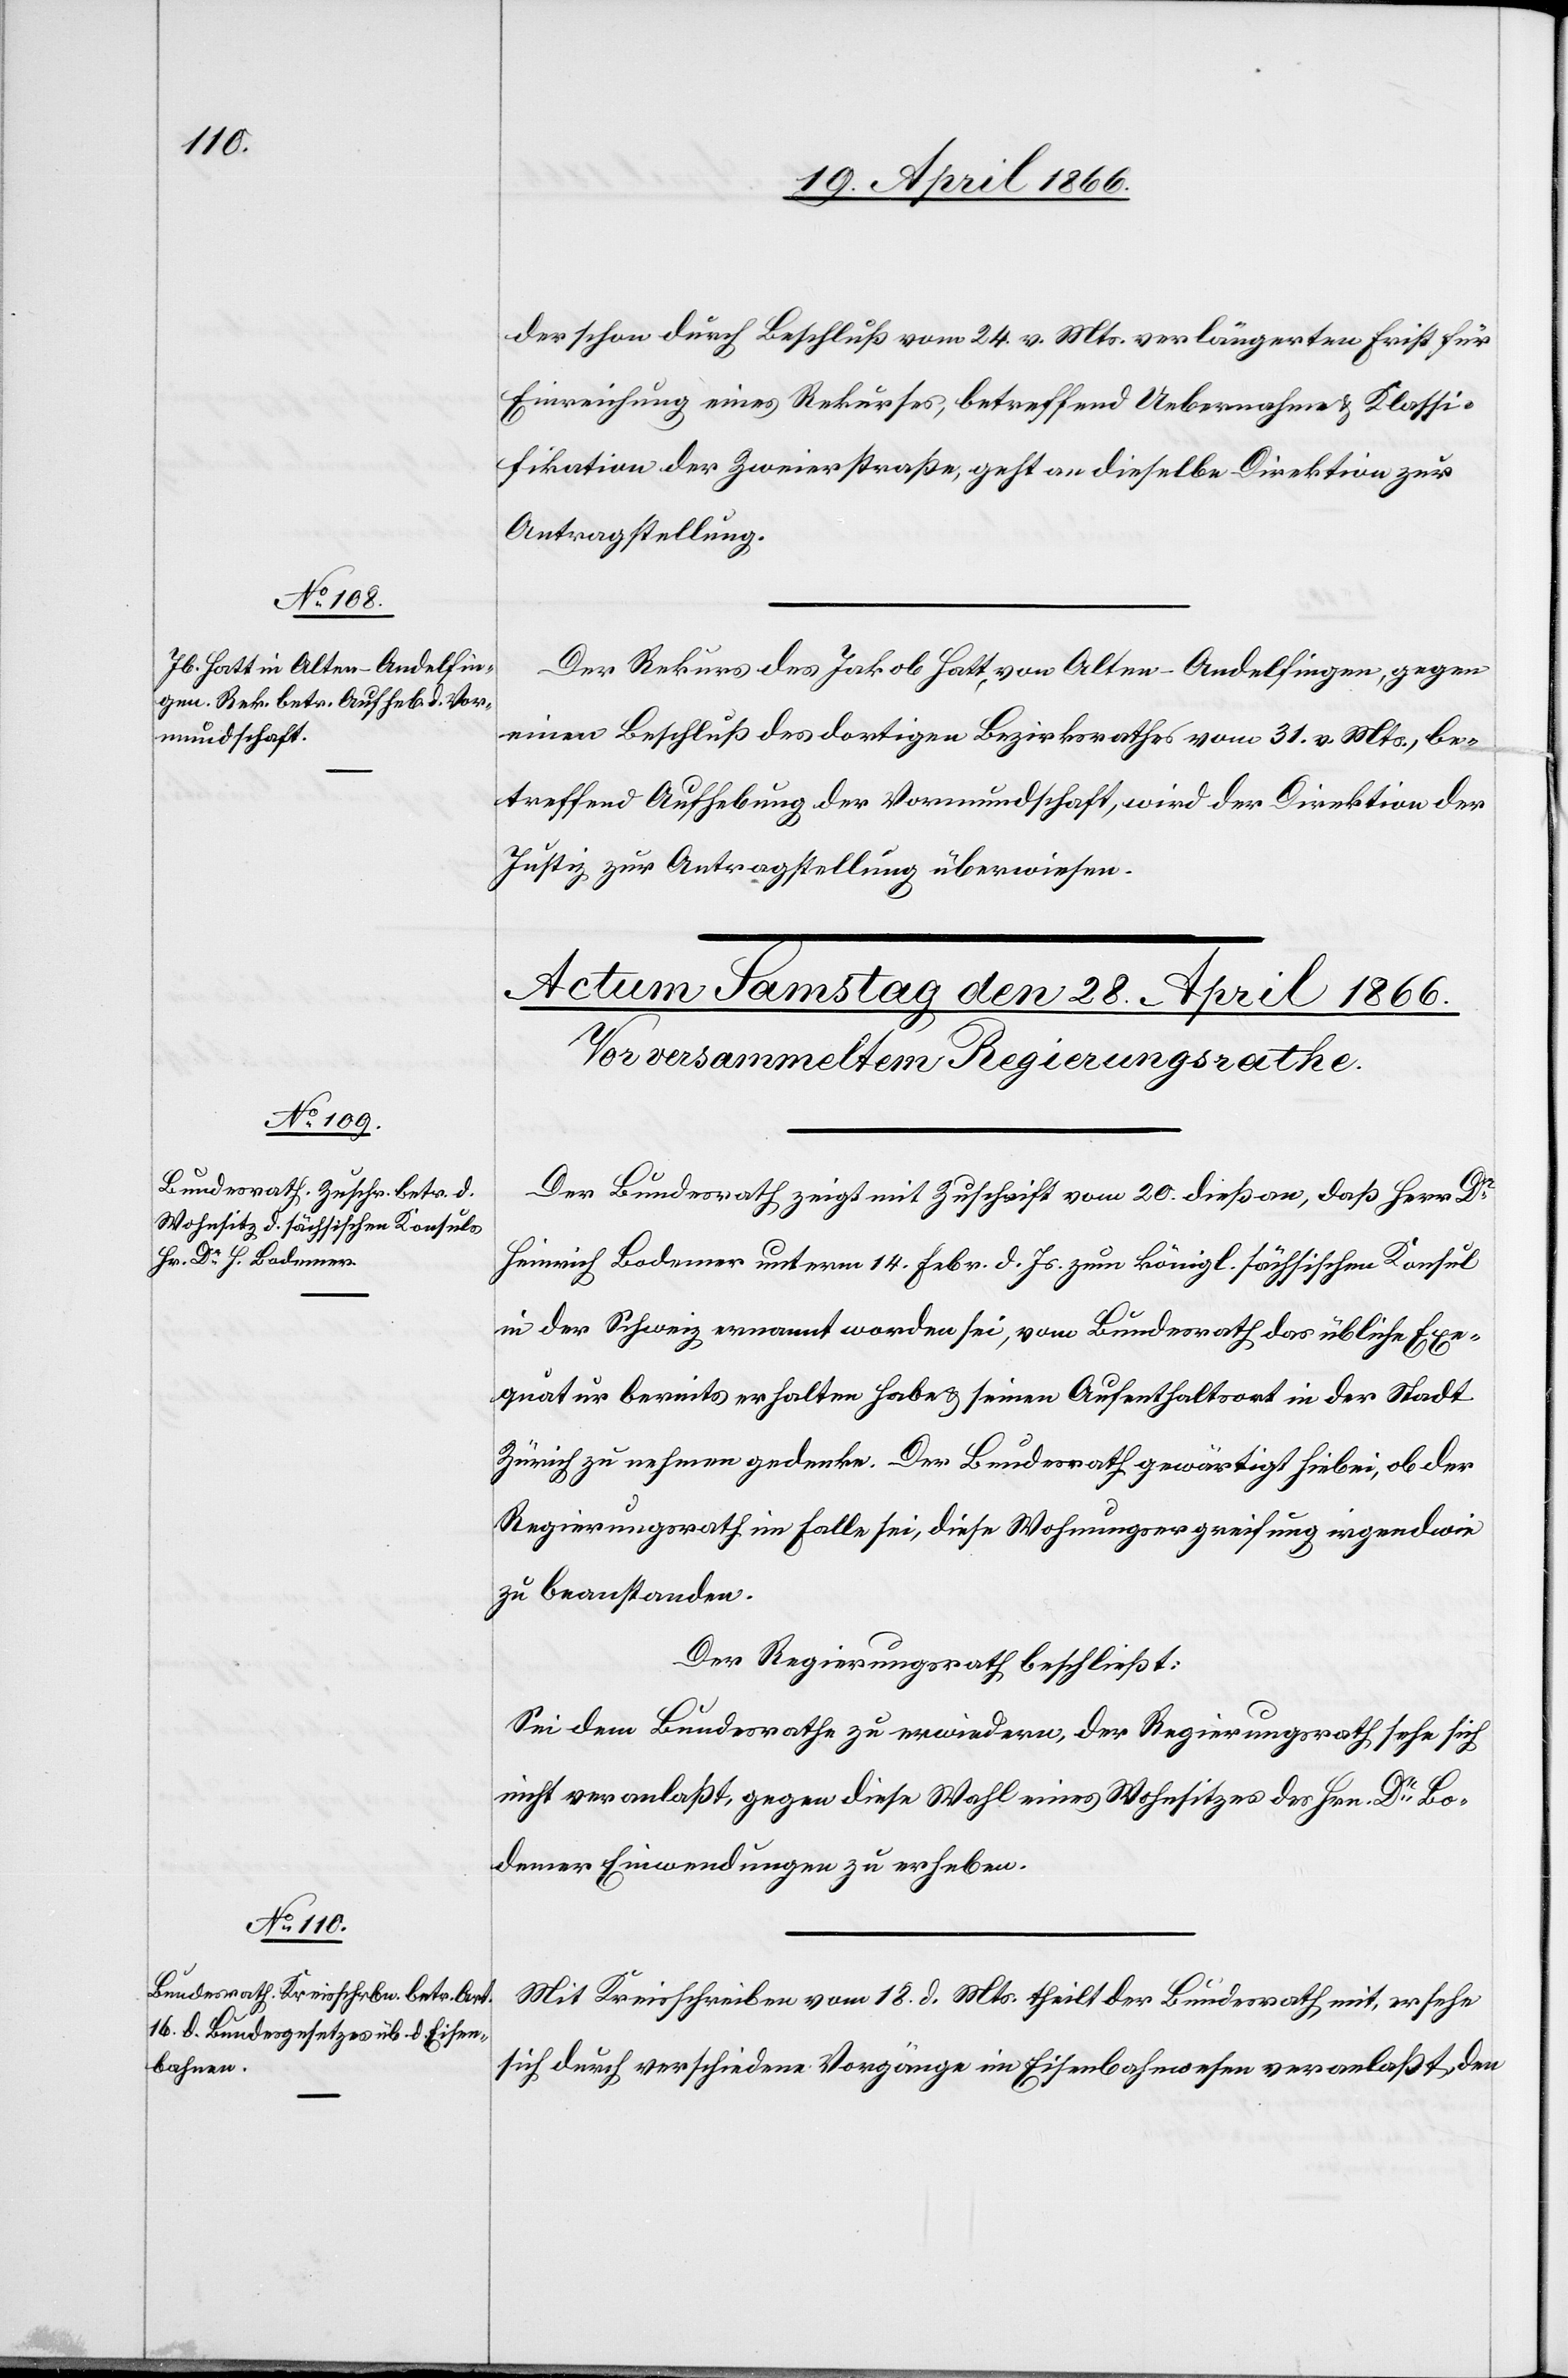
27. April 1866.]
der schon durch Beschluß vom 24. v. Mts. verlängerten Frist für
Einreichung eines Rekurses, betreffend Uebernahme u. Klassi¬
fikation der Zweierstraße, geht an dieselbe Direktion zur
Antragstellung.
Der Rekurs des Jakob Hott, von Olten-Andelfingen, gegen
eine Beschluß des dortigen Bezirksrathes vom 31. v. Mts., be¬
treffend Aufhebung der Vormundschaft, wird der Direktion der
Justiz zur Antragstellung überwiesen.
Der Bundesrath zeigt mit Zuschrift vom 20. dieß an, daß Herr Dr.
Heinrich Bodemer unterm 14. Febr. d. Js. zum königl. sächsischen Konsul
in der Schweiz ernannt worden sei, vom Bundesrath das übliche Exe¬
quatur bereits erhalten habe u. seinen Aufenthaltsort in der Stadt
Zürich zu nehmen gedenke. Der Bundesrath gewärtigt hiebei, ob der
Regierungsrath im Falle sei, diese Wohnungsergreifung irgendwie
zu beanstanden.
Der Regierungsrath beschließt:
Sei dem Bundesrathe zu erwiedern, der Regierungsrath sehe sich
nicht veranlaßt, gegen diese Wahl eines Wohnsitzes des Hrn. Dr. Bo¬
demer Einwendungen zu erheben.
Mit Kreisschreiben vom 18. d. Mts. theilt der Bundesrath mit, er sehe
sich durch verschiedene Vorgänge im Eisenbahnwesen veranlaßt, den